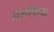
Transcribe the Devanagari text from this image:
अमॉर्फस